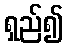
ရှည်၍